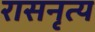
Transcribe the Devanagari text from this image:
रासनृत्य